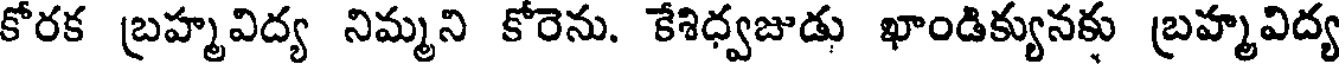
కోరక బ్రహ్మవిద్య నిమ్మని కోరెను. కేశిధ్వజుడు ఖాండిక్యునకు బ్రహ్మవిద్య